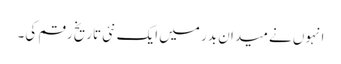
انہوں نے میدان بدر میں ایک نئی تاریخ رقم کی۔